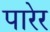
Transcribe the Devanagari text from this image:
पारेर